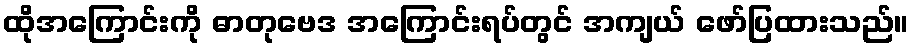
ထိုအကြောင်းကို ဓာတုဗေဒ အကြောင်းရပ်တွင် အကျယ် ဖော်ပြထားသည်။